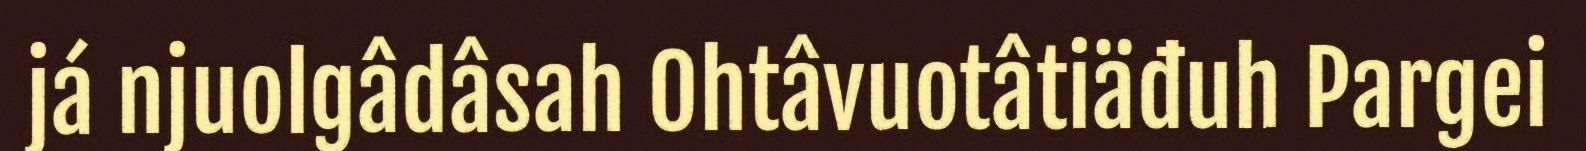
já njuolgâdâsah Ohtâvuotâtiäđuh Pargei